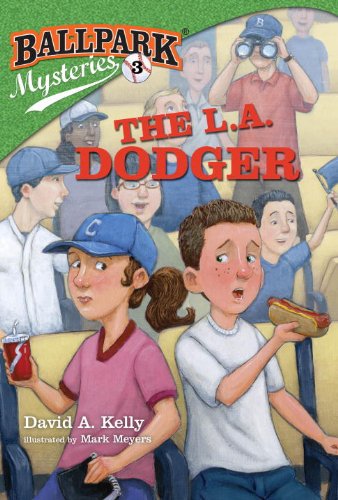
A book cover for Ballpark Mysteries #3: The L.A. Dodger (A Stepping Stone Book(TM)); David A. Kelly; Children's Books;